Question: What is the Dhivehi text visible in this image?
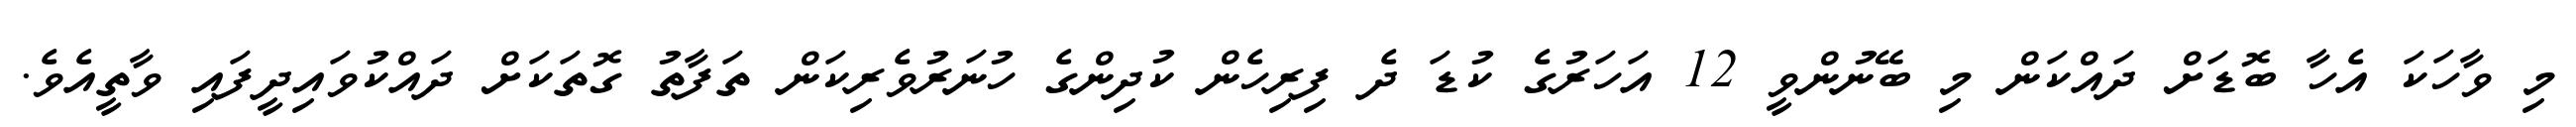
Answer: މި ވާހަކަ އެހާ ބޮޑަށް ދައްކަން މި ބޭނުންވީ 12 އަހަރުގެ ކުޑަ ދެ ފިރިހެން ކުދިންގެ ހުނަރުވެރިކަން ތަފާތު ގޮތަކަށް ދައްކުވައިދީފައި ވާތީއެވެ.